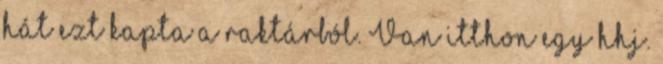
hát ezt kapta a raktárból. Van itthon egy hhj.